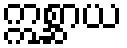
ဣစ္ဆာယ